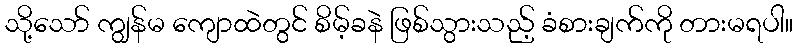
သို့သော် ကျွန်မ ကျောထဲတွင် စိမ့်ခနဲ ဖြစ်သွားသည့် ခံစားချက်ကို တားမရပါ။